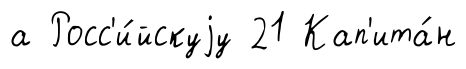
а Росс'и́йскуjу 21 Кап'ита́н